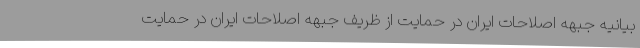
بیانیه جبهه اصلاحات ایران در حمایت از ظریف جبهه اصلاحات ایران در حمایت